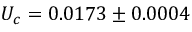
U _ { c } = 0 . 0 1 7 3 \pm 0 . 0 0 0 4